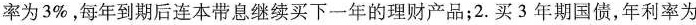
率为3%，每年到期后连本带息继续买下一年的理财产品；2.买3年期国债，年利率为